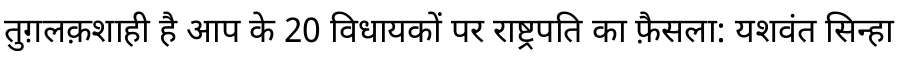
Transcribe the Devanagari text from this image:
तुग़लक़शाही है आप के 20 विधायकों पर राष्ट्रपति का फ़ैसला: यशवंत सिन्हा